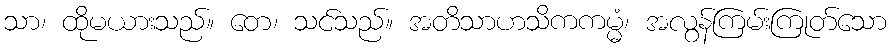
သာ၊ ထိုမယားသည်။ တေ၊ သင်သည်။ အတိသာဟသိကကမ္မံ၊ အလွန်ကြမ်းကြုတ်သော